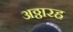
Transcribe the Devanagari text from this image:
अठ्ठारह